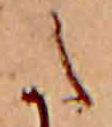
た